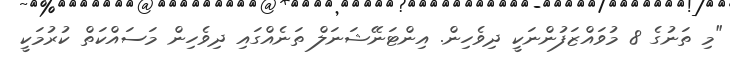
"މި ތަނުގެ 8 މުވައްޒަފުންނަކީ ދިވެހިން. އިންޓަނޭޝަނަލް ތަނެއްގައި ދިވެހިން މަސައްކަތް ކުރުމަކީ